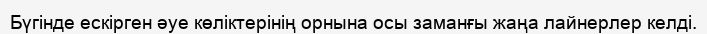
Бүгінде ескірген әуе көліктерінің орнына осы заманғы жаңа лайнерлер келді.